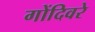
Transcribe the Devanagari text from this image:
गोंदिवरे